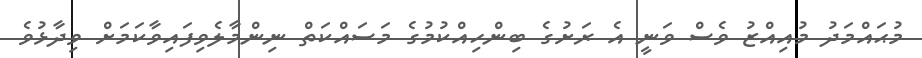
މުޙައްމަދު މުއިއްޒު ވެސް ވަނީ އެ ރަށުގެ ބިންހިއްކުމުގެ މަސައްކަތް ނިންމާލެވިފައިވާކަމަށް ވިދާޅުވެ